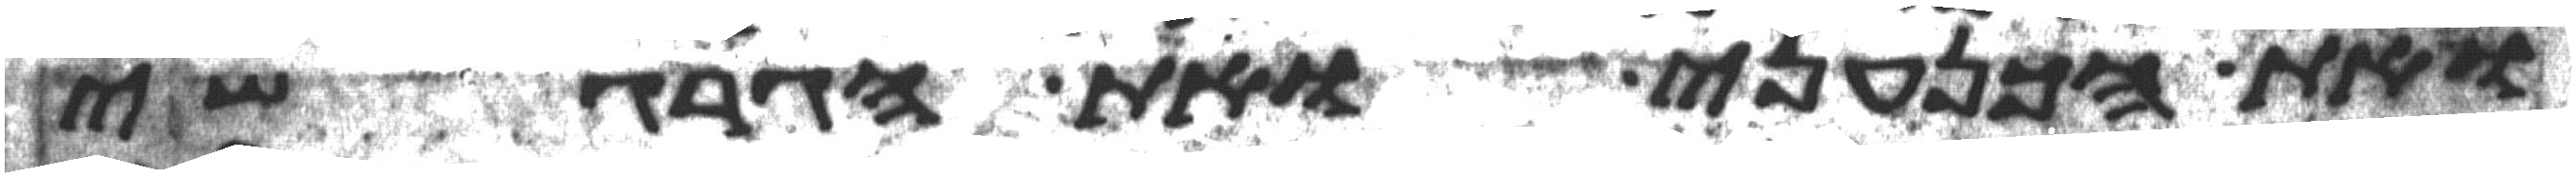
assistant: ואת הכנעני ואת הגרגשי